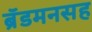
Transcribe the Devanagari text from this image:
ब्रॅडमनसह